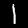
Digit: 1